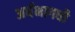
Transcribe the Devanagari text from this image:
अर्धभागधी